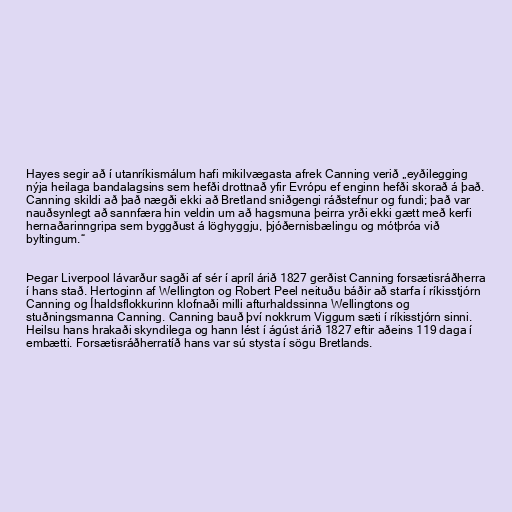
Hayes segir að í utanríkismálum hafi mikilvægasta afrek Canning verið „eyðilegging
nýja heilaga bandalagsins sem hefði drottnað yfir Evrópu ef enginn hefði skorað á það.
Canning skildi að það nægði ekki að Bretland sniðgengi ráðstefnur og fundi; það var
nauðsynlegt að sannfæra hin veldin um að hagsmuna þeirra yrði ekki gætt með kerfi
hernaðarinngripa sem byggðust á löghyggju, þjóðernisbælingu og mótþróa við
byltingum.“

Þegar Liverpool lávarður sagði af sér í apríl árið 1827 gerðist Canning forsætisráðherra
í hans stað. Hertoginn af Wellington og Robert Peel neituðu báðir að starfa í ríkisstjórn
Canning og Íhaldsflokkurinn klofnaði milli afturhaldssinna Wellingtons og
stuðningsmanna Canning. Canning bauð því nokkrum Viggum sæti í ríkisstjórn sinni.
Heilsu hans hrakaði skyndilega og hann lést í ágúst árið 1827 eftir aðeins 119 daga í
embætti. Forsætisráðherratíð hans var sú stysta í sögu Bretlands.